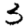
Digit: 3